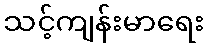
သင့်ကျန်းမာရေး